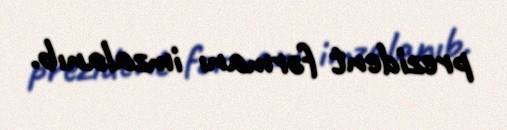
prezident fərmanı imzalanıb.